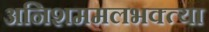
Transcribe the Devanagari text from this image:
अनिशममलभक्त्या